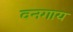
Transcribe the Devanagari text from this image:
वनगाय